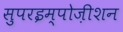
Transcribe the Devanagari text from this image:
सुपरइम्पोज़ीशन